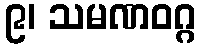
၉၊ သမဏဝဂ္ဂ